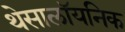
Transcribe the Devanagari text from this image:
थेसालॉयनिक